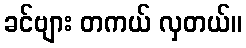
ခင်ဗျား တကယ် လှတယ်။